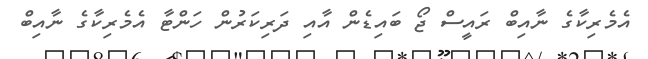
އެމެރިކާގެ ނާއިބް ރައީސް ޖޯ ބައިޑެން އާއި ދަރިކަރުން ހަންޓާ އެމެރިކާގެ ނާއިބް